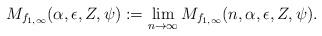
LaTeX: \begin{align*}M_{f_{1,\infty}}(\alpha,\epsilon,Z,\psi):=\lim_{n\to\infty}M_{f_{1,\infty}}(n,\alpha,\epsilon,Z,\psi).\end{align*}